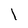
Character: l